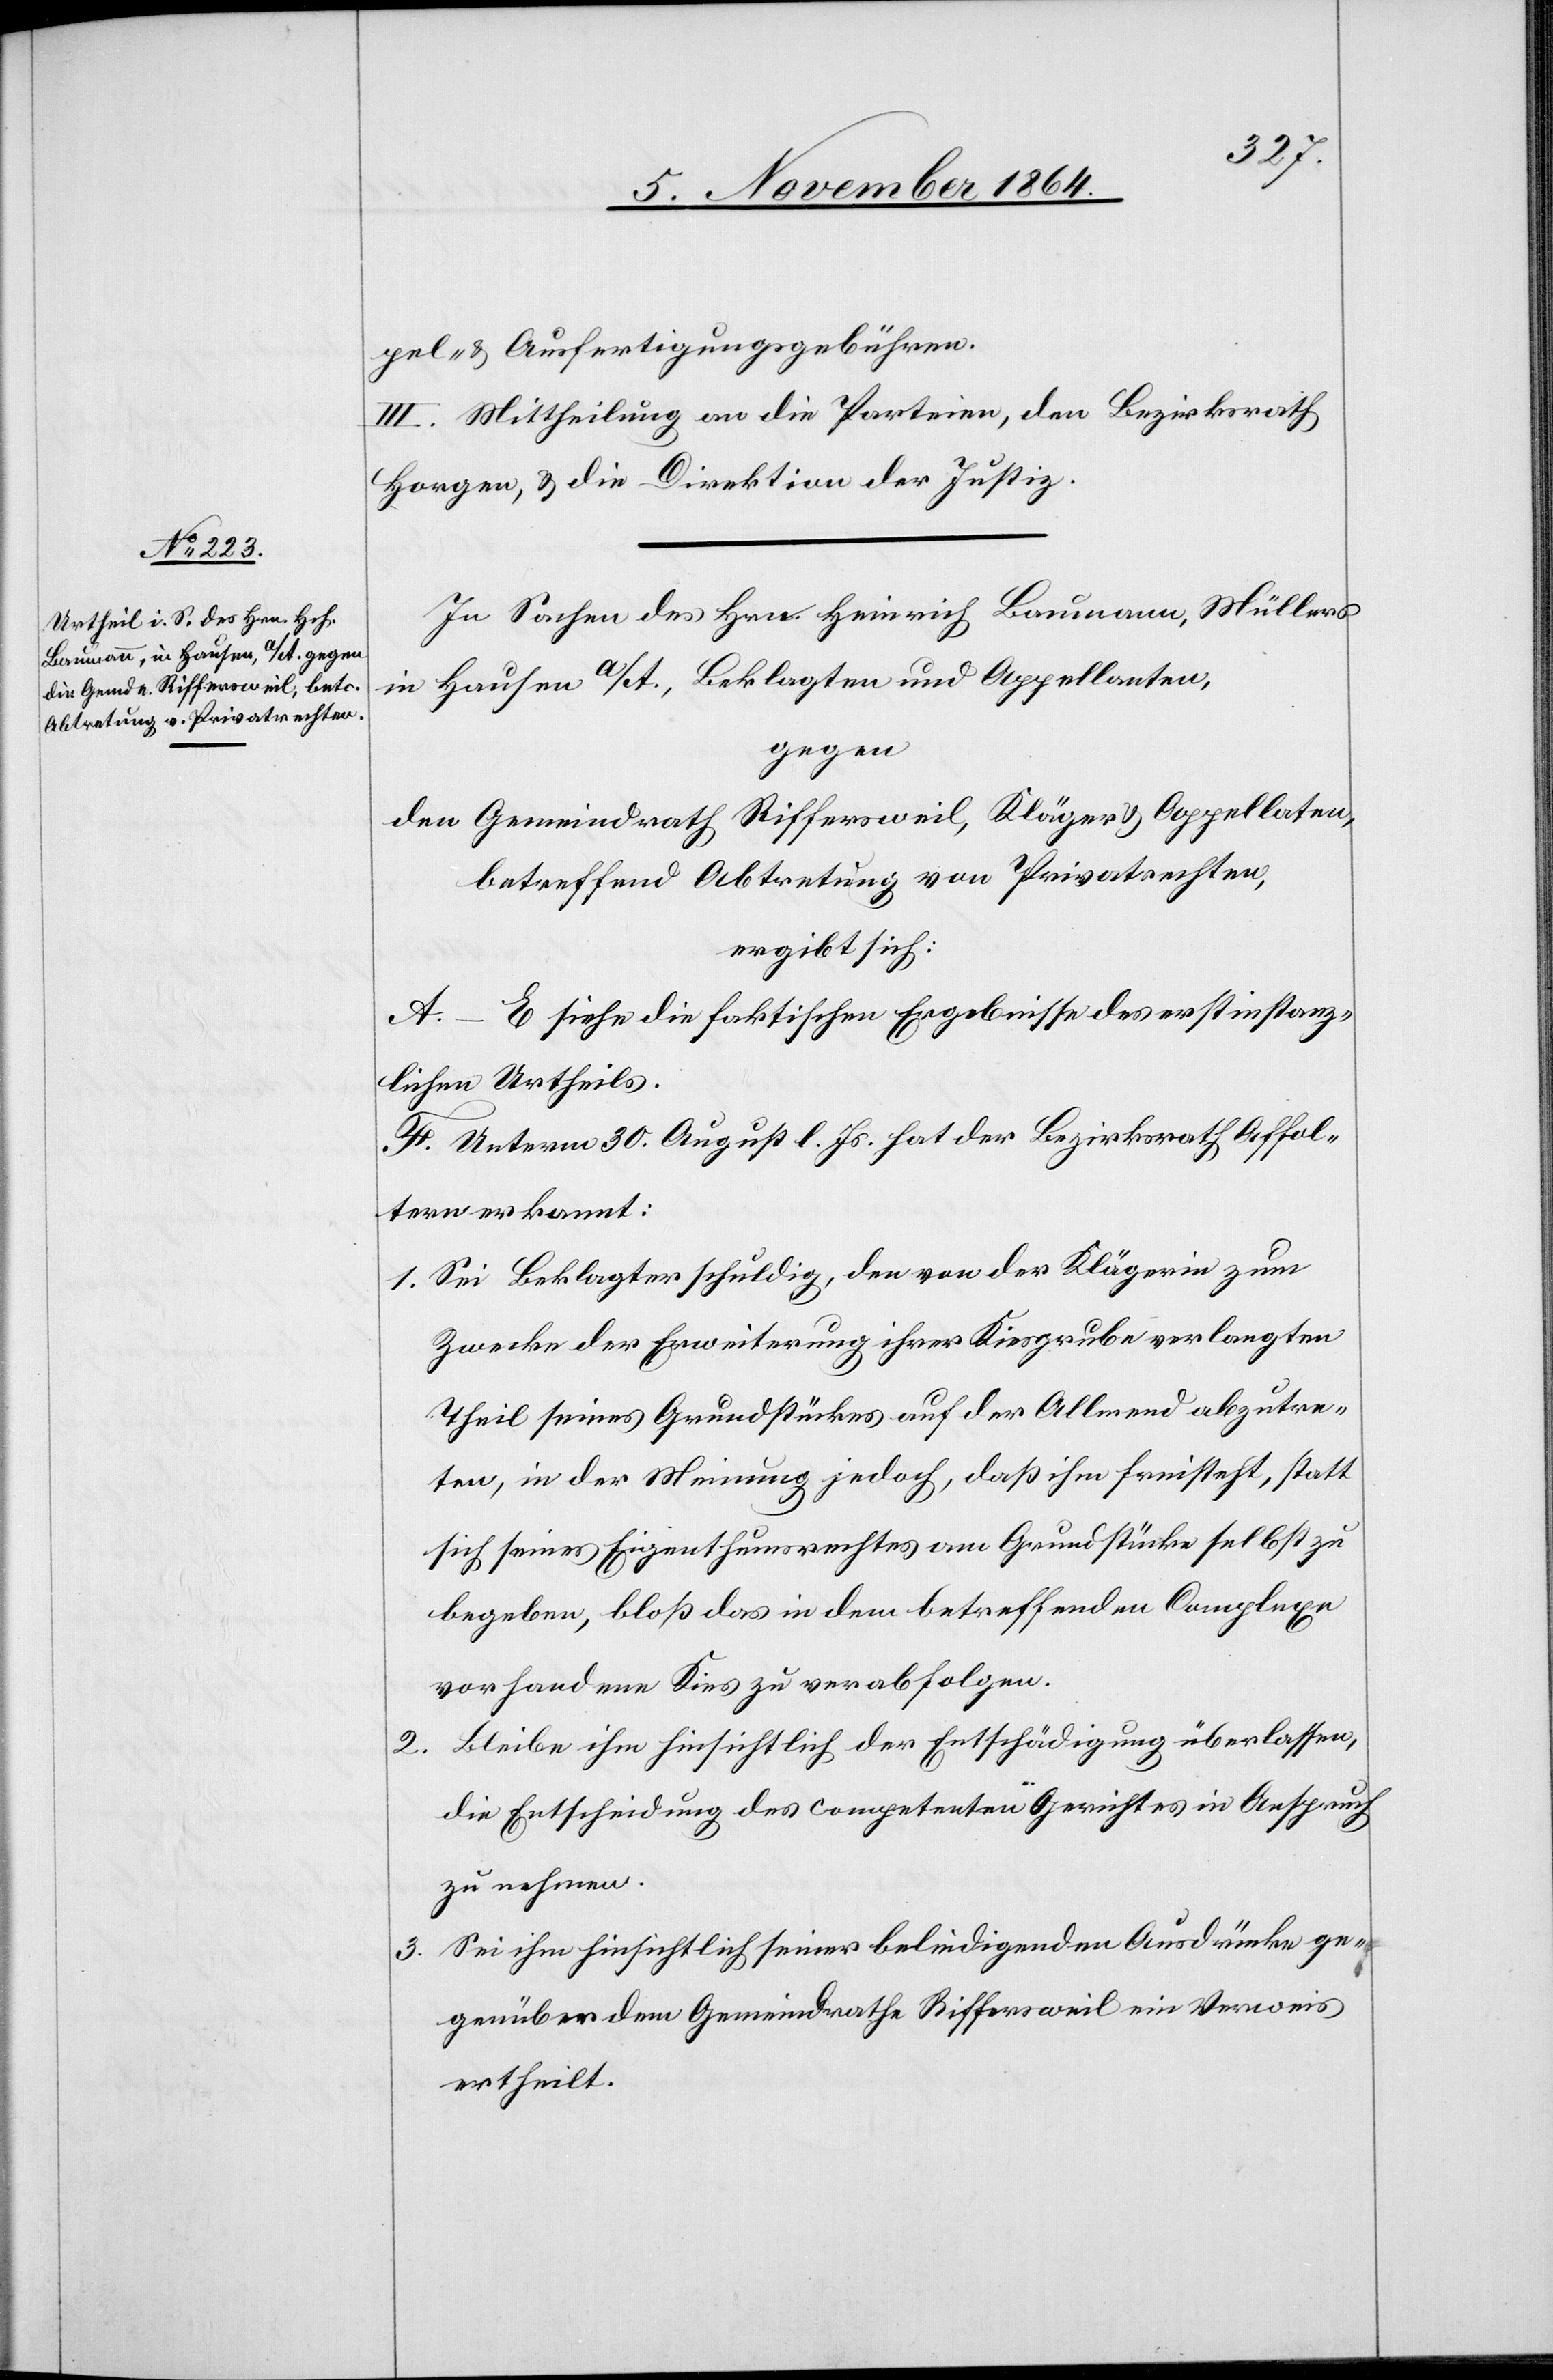
2.
3.

pel & Ausfertigungsgebühren.
III. Mittheilung an die Parteien, den Bezirksrath
Horgen, & die Direktion der Justiz.
In Sachen des Hrn. Heinrich Baumann, Müllers
in Hausen a/A., Beklagten und Appellanten,
gegen
den Gemeindrath Riffersweil, Kläger & Appellaten,
betreffend Abtretung von Privatrechten,
ergibt sich:
A.–E. siehe die faktischen Ergebnisse des erstinstanz¬
lichen Urtheils.
F. Unterm 30. August l. Js. hat der Bezirksrath Affol¬
tern erkannt:
1. Sei Beklagter schuldig, den von der Klägerin zum
Zwecke der Erweiterung ihrer Kiesgrube verlangten
Theil seines Grundstückes auf der Allmend abzutre¬
ten, in der Meinung jedoch, daß ihm freisteht, statt
sich seines Eigenthumsrechtes am Grundstücke selbst zu
begeben, bloß das in dem betreffenden Complexe
vorhandene Kies zu verabfolgen.
Bleibe ihm hinsichtlich der Entschädigung überlassen,
die Entscheidung des competenten Gerichtes in Anspruch
zu nehmen.
Sei ihm hinsichtlich seiner beleidigenden Ausdrücke ge¬
genüber dem Gemeindrathe Riffersweil ein Verweis
ertheilt.